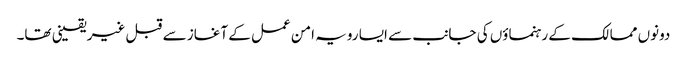
دونوں ممالک کے رہنماؤں کی جانب سے ایسا رویہ امن عمل کے آغاز سے قبل غیریقینی تھا۔